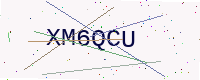
Text: XM6QCU